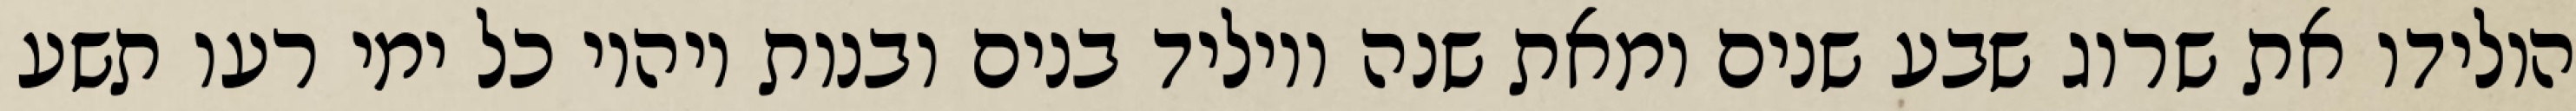
הולידו את שרוג שבע שנים ומאת שנה ויוליד בנים ובנות ויהיו כל ימי רעו תשע